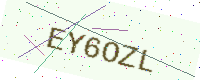
Text: EY6OZL